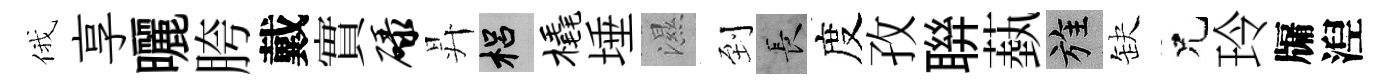
俄享曬胯戴實碌昇梠橇埵濕到长度孜聨蓺旌缺兄玲牖湼